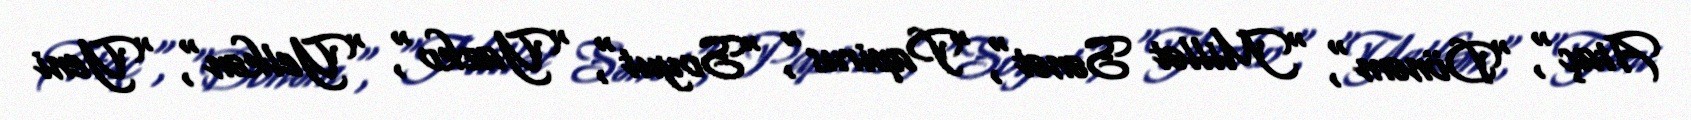
Ataç", "Dönəm", "Millət Sənət", "Papirus", "Soyut", "Yazko", "Yelkən", "Yeni